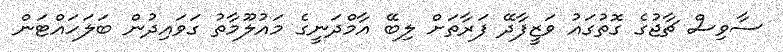
ސާވިސް ޗާޖުގެ ގޮތުގައު ވަޒީފާދޭ ފަރާތަށް ލިބޭ އާމްދަނީގެ މައުލޫމާތު ގަވައިދުން ބަލަހައްޓަން